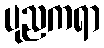
ပုညကရာ